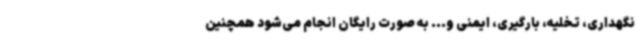
نگهداری، تخلیه، بارگیری، ایمنی و... به صورت رایگان انجام می‌شود همچنین